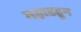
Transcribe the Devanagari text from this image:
महाडहून